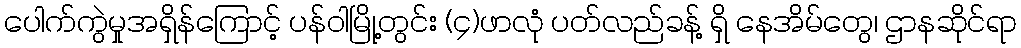
ပေါက်ကွဲမှုအရှိန်ကြောင့် ပန်ဝါမြို့တွင်း (၄)ဖာလုံ ပတ်လည်ခန့် ရှိ နေအိမ်တွေ၊ ဌာနဆိုင်ရာ